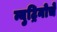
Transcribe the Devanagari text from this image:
न्युट्रिनोचे